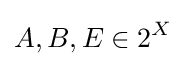
A,B,E\in 2^{X}